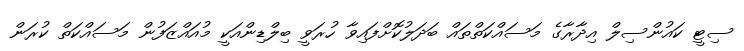
ސިޓީ ކައުންސިލް އިދާރާގެ މަސައްކަތްތައް ބަދަލުކޮށްފައިވާ ހުރަވީ ބިލްޑިންއަކީ މުއައްޒަފުން މަސައްކަތް ކުރަން